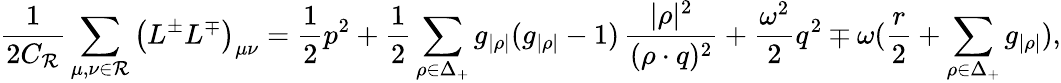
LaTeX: {\frac{1}{2C_{\cal R}}}\sum_{\mu,\nu\in{\cal R}}\left(L^{\pm}L^{\mp}\right)_{\mu\nu}={\frac{1}{2}}p^{2}+{\frac{1}{2}}\sum_{\rho\in\Delta_{+}}g_{|\rho|}(g_{|\rho|}-1)\, {\frac{|\rho|^{2}}{(\rho\cdot q)^{2}}}+{\frac{\omega^{2}}{2}}q^{2}\mp\omega({\frac{r}{2}}+\sum_{\rho\in\Delta_{+}}g_{|\rho|}),